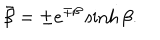
\bar { \beta } = \pm e ^ { \mp \beta } \sinh \beta .